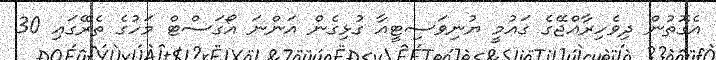
އެގޮތުން ދިވެހިރާއްޖޭގެ ގައުމީ ޔުނިވަސިޓީއާ ގުޅިގެން އަންނަ އޯގަސްޓް މަހުގެ ތެރޭގައި 30